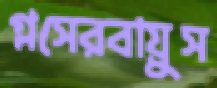
গ্লসেরবায়ুস